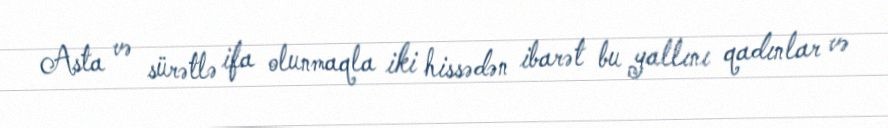
Asta və sürətlə ifa olunmaqla iki hissədən ibarət bu yallını qadınlar və